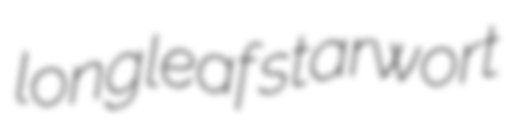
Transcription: longleaf starwort